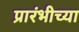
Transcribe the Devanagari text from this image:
प्रारंभीच्‍या